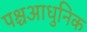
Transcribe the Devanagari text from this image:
पश्चआधुनिक